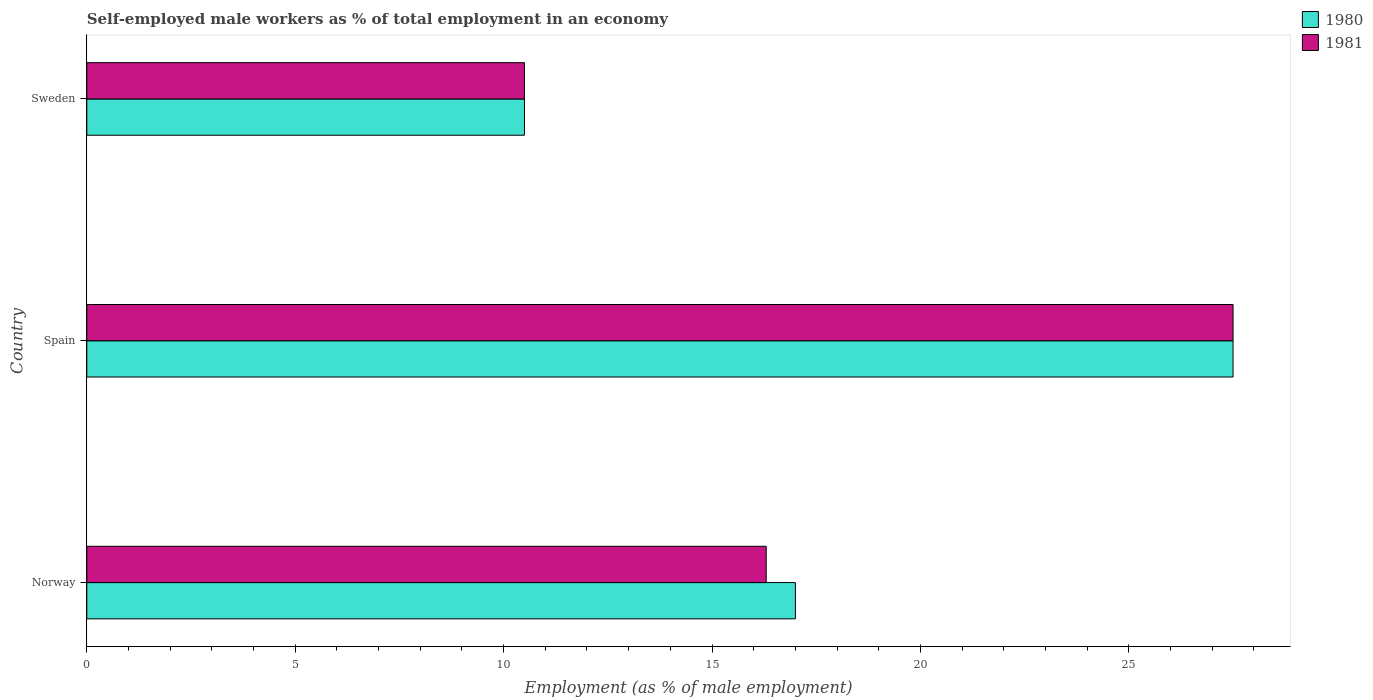
| Country | 1980 | 1981 |
 | --- | --- | --- |
 | Norway | 17 | 16.3 |
 | Spain | 27.5 | 27.5 |
 | Sweden | 10.5 | 10.5 |